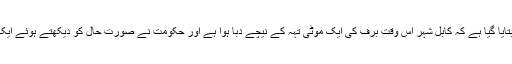
افغان دارالحکومت کابل سے ملنے والی نیوز ایجنسی روئٹرز کی رپورٹوں میں بتایا گیا ہے کہ کابل شہر اس وقت برف کی ایک موٹی تہہ کے نیچے دبا ہوا ہے اور حکومت نے صورت حال کو دیکھتے ہوئے ایک روزہ عوامی تعطیل کا اعلان کر دیا اور تمام حکومتی دفاتر بند کر دیے گئے۔